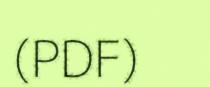
(PDF)